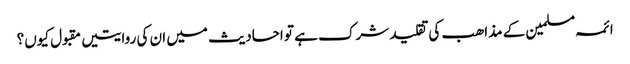
ائمہ مسلمین کے مذاھب کی تقلید شرک ہے تو احادیث میں ان کی روایتیں مقبول کیوں؟